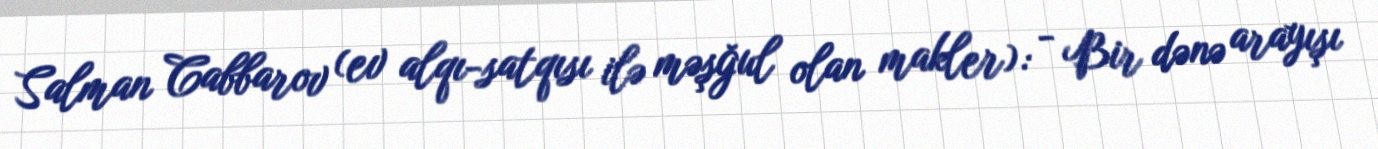
Salman Cabbarov (ev alqı-satqısı ilə məşğul olan makler): - Bir dənə arayışı